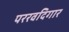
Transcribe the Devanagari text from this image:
पररवदिगार